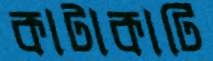
কাটাকাটি